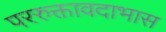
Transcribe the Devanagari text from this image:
पररुक्तावदाभास